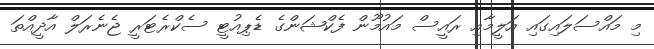
މި މައްސަލައިގައި އަލީމާއި ރައީސް މައުމޫން ފެކްޝަންގެ ޑެޕިއުޓީ ސެކްރެޓަރީ ޖެނެރަލް އާދީއްތަ